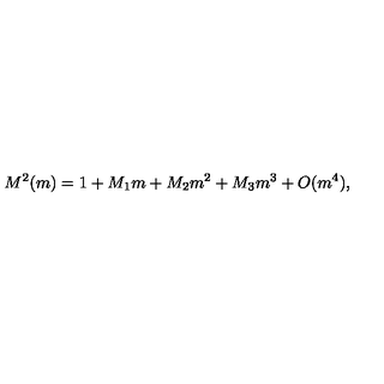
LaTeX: M ^ { 2 } ( m ) = 1 + M _ { 1 } m + M _ { 2 } m ^ { 2 } + M _ { 3 } m ^ { 3 } + O ( m ^ { 4 } ) ,